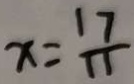
x = \frac { 1 7 } { 1 1 }